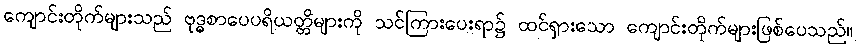
ကျောင်းတိုက်များသည် ဗုဒ္ဓစာပေပရိယတ္တိများကို သင်ကြားပေးရာ၌ ထင်ရှားသော ကျောင်းတိုက်များဖြစ်ပေသည်။